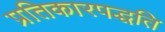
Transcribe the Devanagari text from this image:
प्रतिकारपद्धति